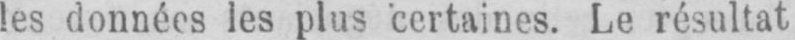
les données les plus certaines. Le résultat